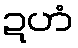
ဍဟံ